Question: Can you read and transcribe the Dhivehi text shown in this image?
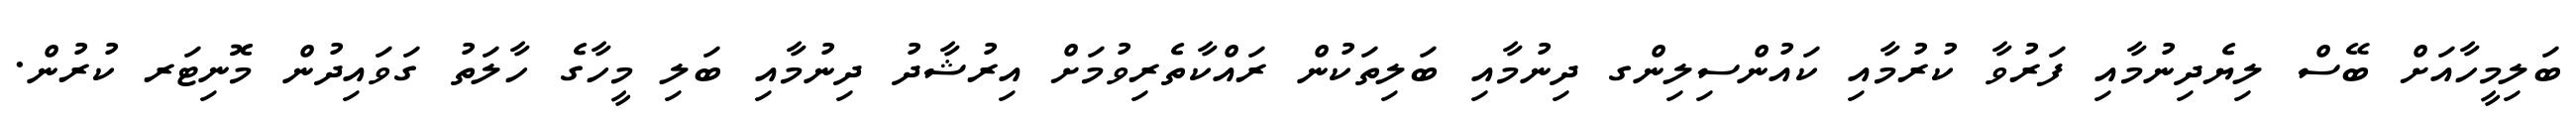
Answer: ބަލިމީހާއަށް ބޭސް ލިޔެދިނުމާއި ފަރުވާ ކުރުމާއި ކައުންސިލިންގ ދިނުމާއި ބަލިތަކުން ރައްކާތެރިވުމަށް އިރުޝާދު ދިނުމާއި ބަލި މީހާގެ ހާލަތު ގަވައިދުން މޮނިޓަރ ކުރުން.